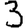
Digit: 3